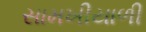
સામખીયાળી